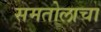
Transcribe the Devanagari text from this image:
समतोलाचा